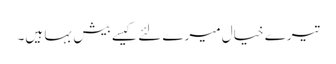
تیرے خیال میرے لئے کیسے بیش بہا ہیں۔